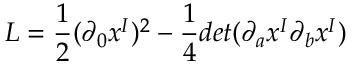
L = \frac { 1 } { 2 } ( \partial _ { 0 } x ^ { I } ) ^ { 2 } - \frac { 1 } { 4 } d e t ( \partial _ { a } x ^ { I } \partial _ { b } x ^ { I } )